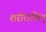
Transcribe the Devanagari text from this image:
शरीरातिल्